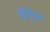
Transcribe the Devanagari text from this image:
छाबुआ